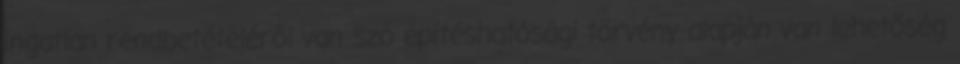
ingatlan rendbetételéről van szó építéshatósági törvény alapján van lehetőség